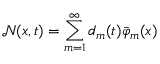
\mathcal { N } ( x , t ) = \sum _ { m = 1 } ^ { \infty } d _ { m } ( t ) \bar { \varphi } _ { m } ( x )